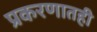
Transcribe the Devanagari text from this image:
प्रकरणातही